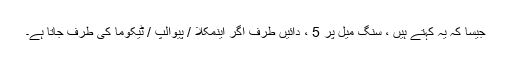
جیسا کہ یہ کہتے ہیں ، سنگ میل پر 5 ، دائیں طرف اگر اینمکلا / پیوالپ / ٹیکوما کی طرف جاتا ہے۔